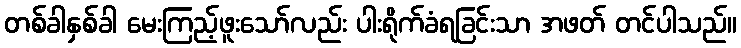
တစ်ခါနှစ်ခါ မေးကြည့်ဖူးသော်လည်း ပါးရိုက်ခံရခြင်းသာ အဖတ် တင်ပါသည်။